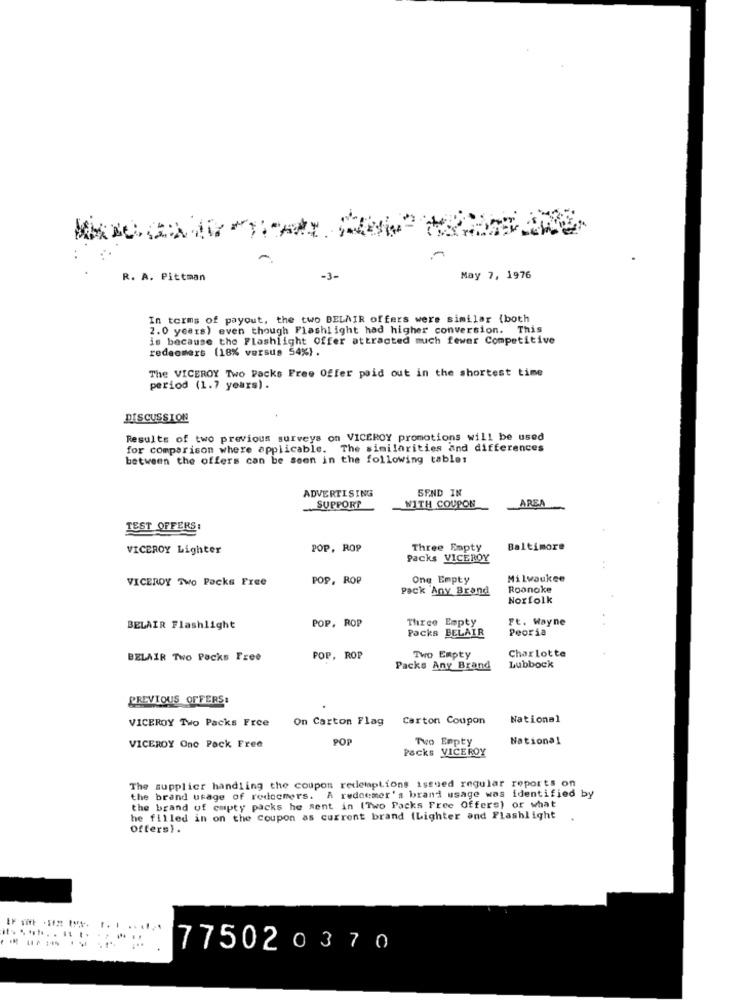
-
R. A. Pittman
-3-
May 7, 1976
In terms of payout, the two BELAIR offers were similar (both
2.0 years) even though Flashlight had higher conversion. This
is because the Flashlight Offer attracted much fewer Competitive
redeemers (18% versus 54%).
The VICEROY Two Packs Free Offer paid out in the shortest time
period (1.7 years) .
DISCUSSION
Results of two previous surveys on VICEROY promotions will be used
for comparison where applicable. The similarities and differences
between the offers can be seen in the following tables
ADVERTISING
SEND IN
AREA
SUPPORT
WITH COUPON
TEST OFFERS:
VICEROY Lighter
POP, ROP
Three Empty
Baltimore
Packs VICEROY
VICEROY Two Packs Free
POP, ROP
One Empty
Milwaukee
Pack Any Brand
Roanoke
Norfolk
POP, ROP
Three Empty
Ft. Wayne
BELAIR Flashlight
POCKS BELAIR
Peoria
Two Empty
Charlotte
BELAIR Two Packs Free
POP, ROP
Packs Any Brand
Lubbock
PREVIOUS OFFERS:
VICEROY Two Packs Free
On Carton Flag
Carton Coupon
National
POP
Tvo Empty
National
VICEROY One Pack Free
Packs VICEROY
The supplier handling the coupon redemptions issued regular reports on
the brand usage of redccmers. A redeemer's brand usage was identified by
the brand of empty packs he sent in (Two Packs Free Offers) or what
he filled in on the coupon as current brand (Lighter and Flashlight
Offers).
775020370